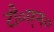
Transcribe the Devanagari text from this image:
टी०एन०